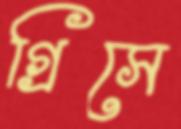
গ্রিসে